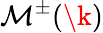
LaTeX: {\cal M}^{\pm}(\k)